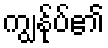
ကျွန်ုပ်၏